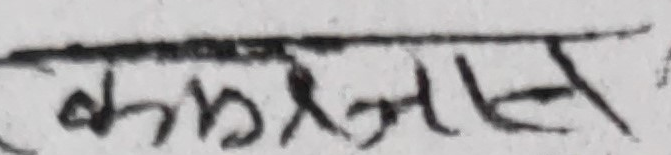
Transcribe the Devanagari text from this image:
कभरबास